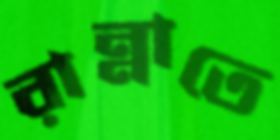
রান্নাতে